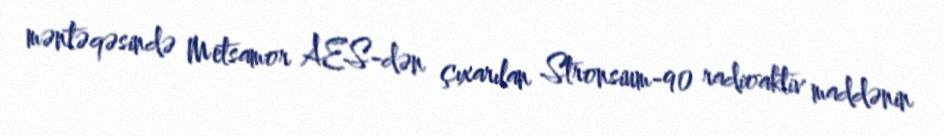
məntəqəsində Metsamor AES-dən çıxarılan Stronsium-90 radioaktiv maddənin